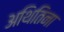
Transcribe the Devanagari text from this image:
अथितिना